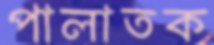
পালাতক